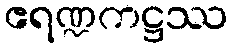
ဧရဏ္ဍကဋ္ဌဿ